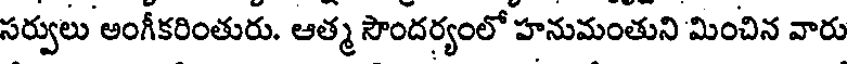
సర్వులు అంగీకరింతురు. ఆత్మ సౌందర్యంలో హనుమంతుని మించిన వారు